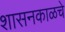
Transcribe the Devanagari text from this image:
शासनकाळचे